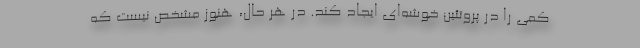
کمی را در پروتئین خوشه‌ای ایجاد کند. در هر حال، هنوز مشخص نیست که